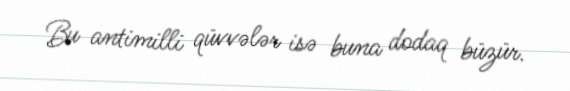
Bu antimilli qüvvələr isə buna dodaq büzür.